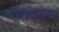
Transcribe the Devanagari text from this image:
मंडईतल्या